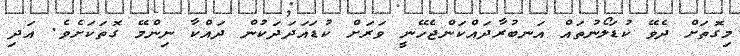
މިގޮތަށް ދެވޭ ކުޑަލޯނުތައް އަނބުރާދައްކަންޖެހޭނީ ވަރަށް ކުޑައަދަދަކުން ދައްކާ ނިންމޭ ގޮތަކަށެވެ. އަދި